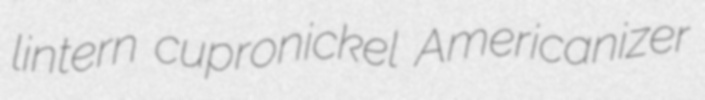
lintern cupronickel Americanizer